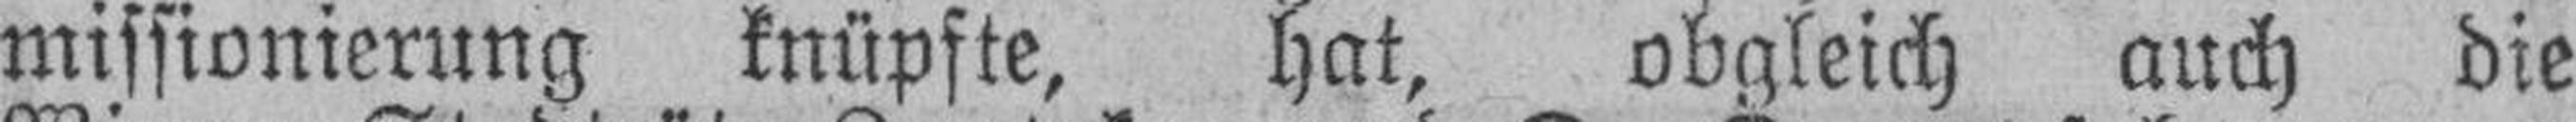
missionierung knüpfte, hat, obgleich auch die